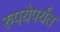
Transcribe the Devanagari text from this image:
रुपयेपर्यंत